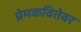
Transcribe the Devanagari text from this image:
प्रेमकवितेवर